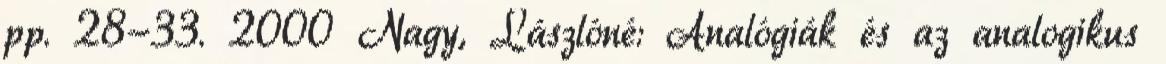
pp. 28-33. 2000 Nagy, Lászlóné: Analógiák és az analogikus